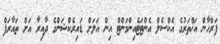
ފަރްހާން އަޚްތަރުގެ އެކްސެލް އެންޓަޓެއިންމަންޓް އިން އަލަށް ޑައިރެކްޝަންގެ ދާއިރާ އަށް ތައާރަފް